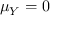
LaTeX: \mu _ { Y } = 0